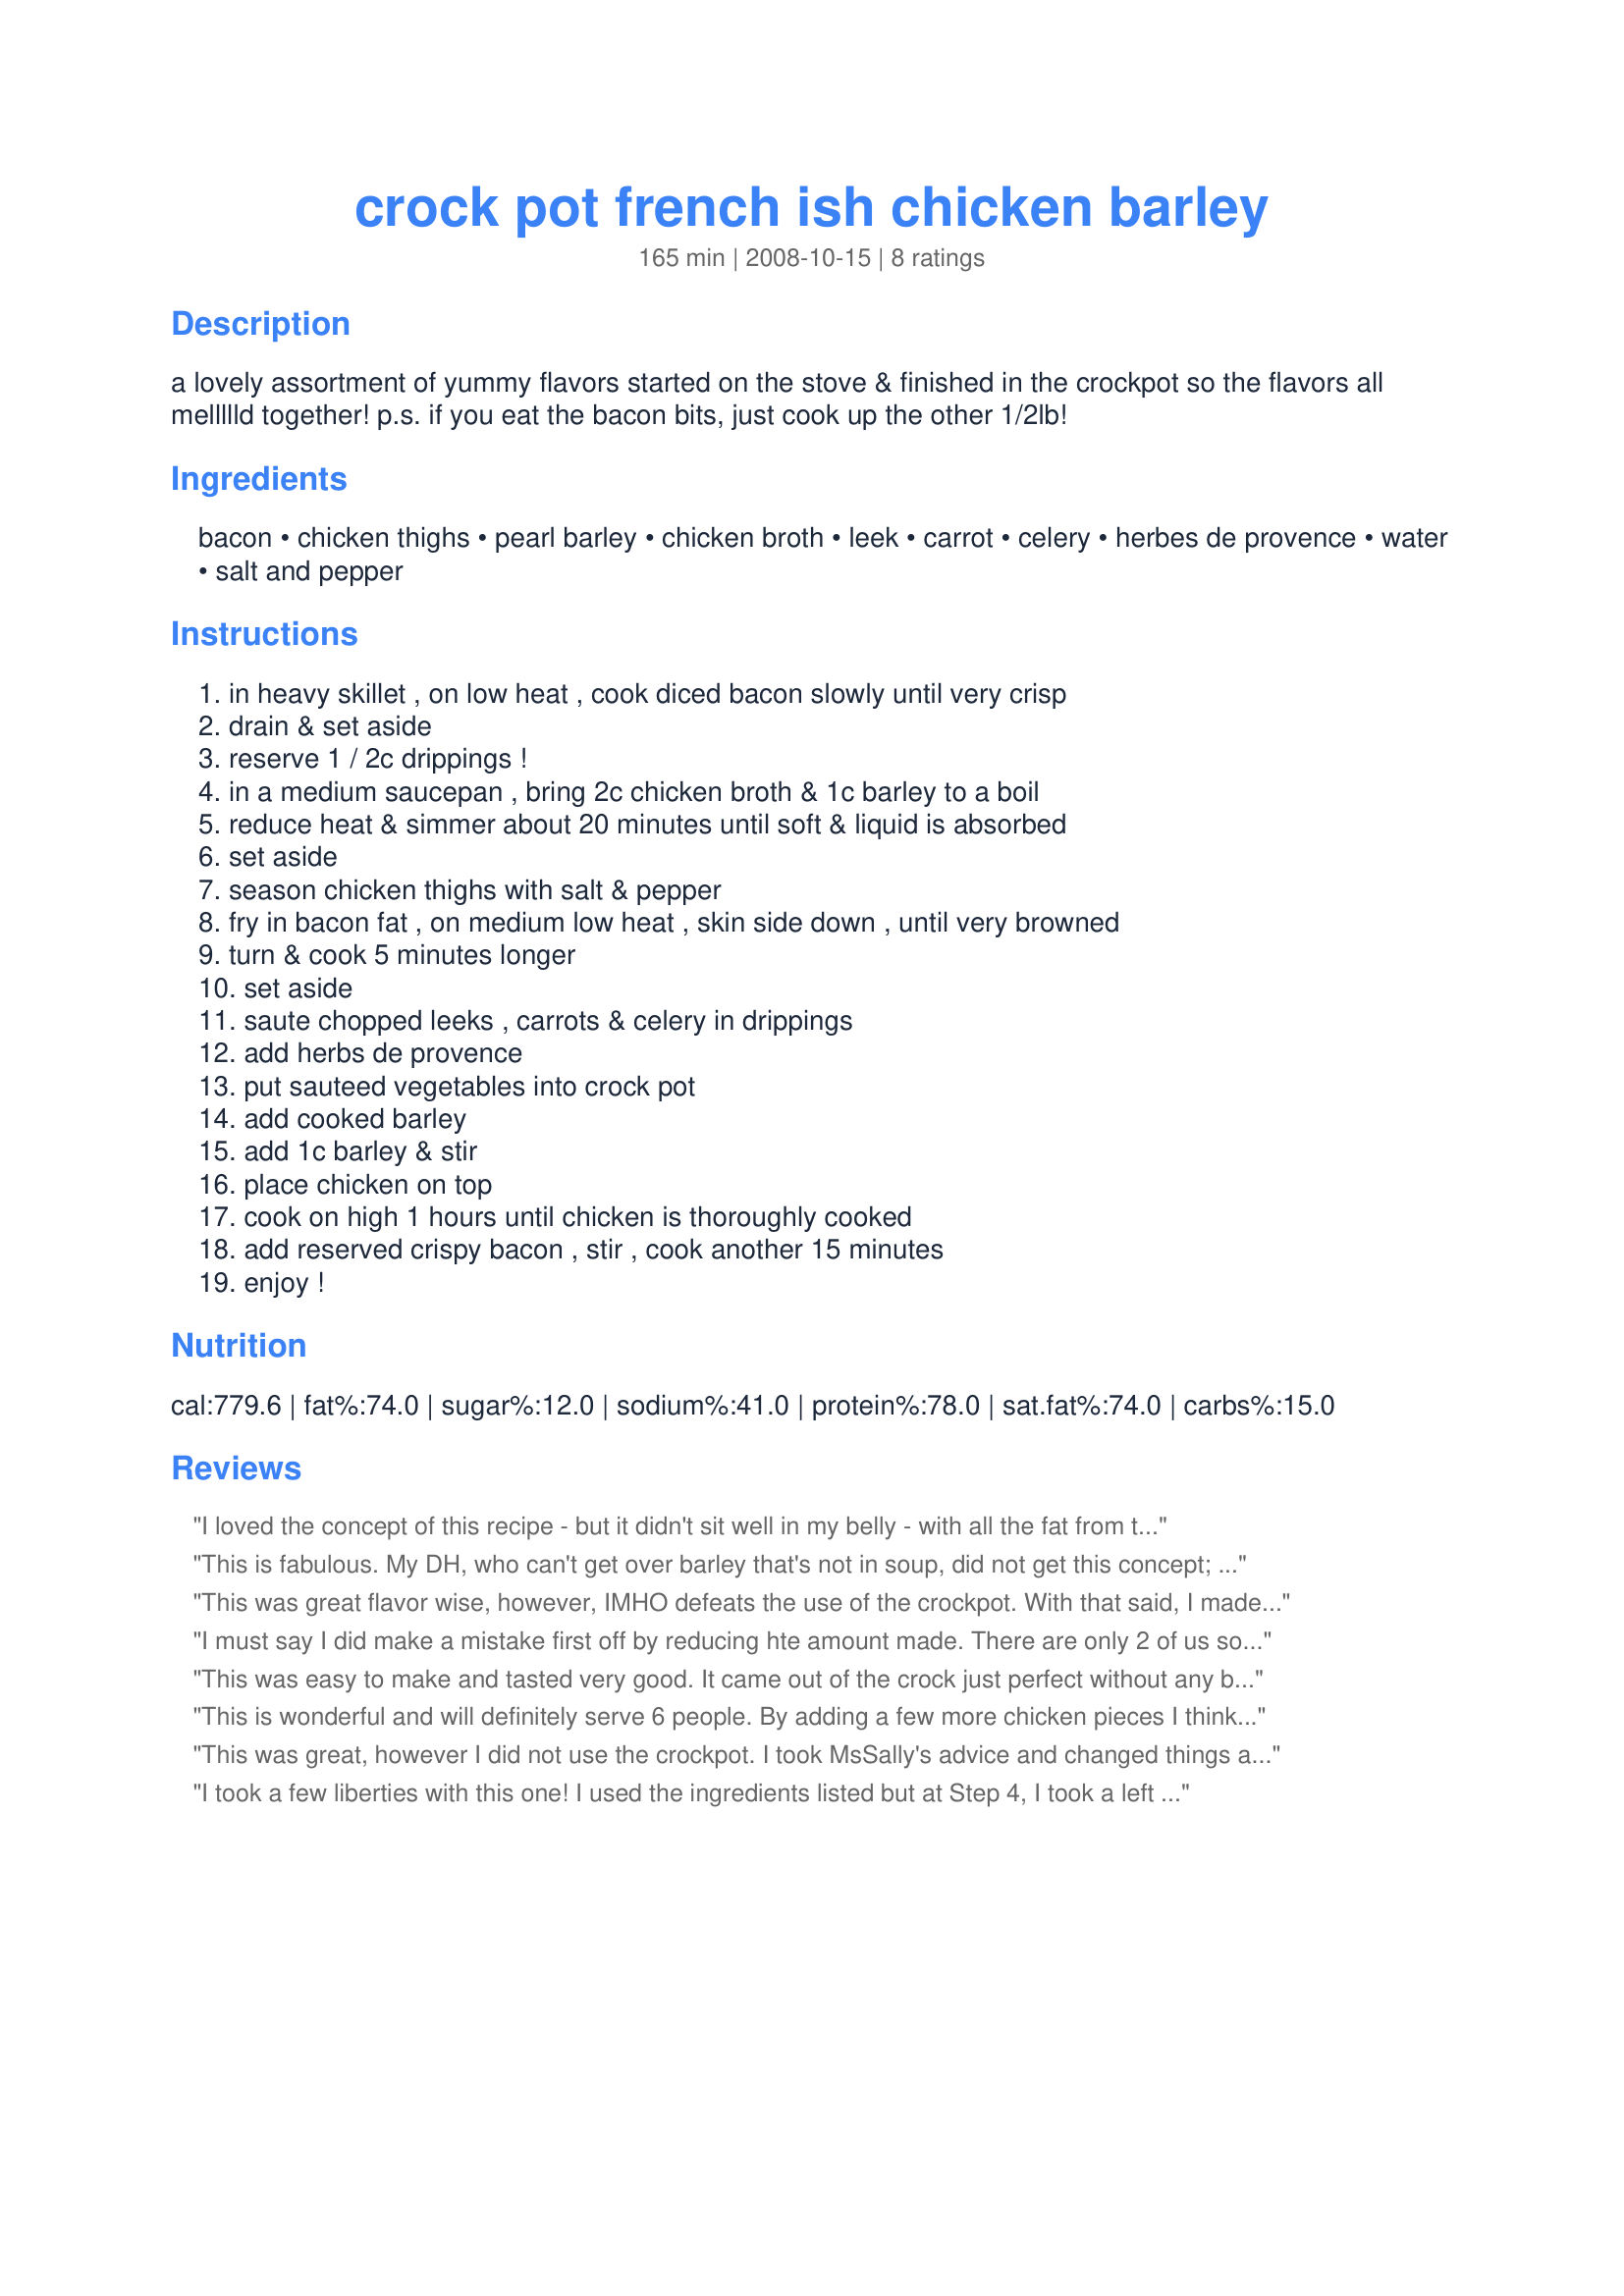
crock pot french ish chicken barley
Preparation time: 165 minutes

a lovely assortment of yummy flavors started on the stove & finished in the crockpot so the flavors all mellllld together! p.s. if you eat the bacon bits, just cook up the other 1/2lb!

Ingredients:
bacon, chicken thighs, pearl barley, chicken broth, leek, carrot, celery, herbes de provence, water, salt and pepper

Steps:
in heavy skillet , on low heat , cook diced bacon slowly until very crisp, drain & set aside, reserve 1 / 2c drippings !, in a medium saucepan , bring 2c chicken broth & 1c barley to a boil, reduce heat & simmer about 20 minutes until soft & liquid is absorbed, set aside, season chicken thighs with salt & pepper, fry in bacon fat , on medium low heat , skin side down , until very browned, turn & cook 5 minutes longer, set aside, saute chopped leeks , carrots & celery in drippings, add herbs de provence, put sauteed vegetables into crock pot, add cooked barley, add 1c barley & stir, place chicken on top, cook on high 1 hours until chicken is thoroughly cooked, add reserved crispy bacon , stir , cook another 15 minutes, enjoy !

Reviews:
I loved the concept of this recipe - but it didn't sit well in my belly - with all the fat from the bacon and fat from the chicken intermixed with the barley....
This is fabulous. My DH, who can't get over barley that's not in soup, did not get this concept; I boldly told him that I can get another husband! I made as directed -- the French way -- sans crockpot -- and couldn't be happier with the results! Could be happier with the DH, but that's another story! Lol! Made for Aussie Make My Recipe tag game.
This was great flavor wise, however, IMHO defeats the use of the crockpot. With that said, I made this in my oven in about 40 mins with boneless skinless thighs. Wonderful array of flavors. I braised the chicken throughly, then removed from the pan. Sauted the veggies and added the broth, brought to a boil, added barley and chicken covered and put in 350 oven for 30 mins. Cooked to perfection. Like I stated this is a great recipe, just not for the crockpot.
I must say I did make a mistake first off by reducing hte amount made. There are only 2 of us so I cut the recipe in half. MY MISTAKE! This is comfort food to beat comfort food. I was a bit skeptical, I use barley in soups and stews but thought what they heck. I am so glad I did. With each bite a different flavor was highlighted from the celery, to the carrots, to the bacon pieces mixed over the chicken. An explosion so subtle on the tongue you had to savor each bite. I had a lot of bites as I ate 2 small servings. I need to save some for leftovers LOL. This is wonderful. And so easy in the CROCK! I got to smell it all day! Thank you. Made for AUS/NZ Swap 48
This was easy to make and tasted very good. It came out of the crock just perfect without any burnt edges. I used the whole 10 pack of legs that I bought. The barley was very tender at then end. I will be making this again. Made during * Zaar World Tour 5* 2009 game for team *Genies of Gourmet*
This is wonderful and will definitely serve 6 people. By adding a few more chicken pieces I think it would make 8 nice servings. I wasn't sure if the barley was quick cooking or not. I used a medium pearl which worked beautifully. The ingredients list shows 1/2 cup water but I'm not sure where it would go. I didn't need or use it. Due to diet restrictions, the chicken was browned in a little olive oil and the bacon fat discarded. I really liked that it was precooked and finished up in the crock-pot. That allowed me to come home, get dinner on and tend to other business. This was an excellent use of contest ingredients and very original. Good luck in the contest.
This was great, however I did not use the crockpot. I took MsSally's advice and changed things a bit. I boiled the broth and let the barley soak in it while I browned the chicken and then sauteed the vegetables. Once the vegetables were done, I put everything together in the pot, covered, and cooked at 350 degrees for 30 minutes. I was absolutely wonderful and I didn't have to dirty the crockpot.
I took a few liberties with this one! I used the ingredients listed but at Step 4, I took a left turn! I decided to make this into soup because I love barley in soup. I cut up the chicken, threw everthing in the pot, added about 8 cups of broth and let it simmer! The flavours are delicious so you definitely get 5 stars! The Herbes de Provence adds a great taste. I have to admit that I didn't use the crockpot. Usually I use it for an all day cooking method. I made this for my ZWT5 Kitchen Witch buddy. Thanks! :)
